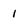
Character: 1